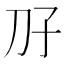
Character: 𫥱